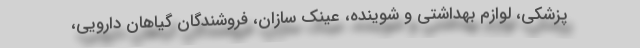
پزشکی، لوازم بهداشتی و شوینده، عینک سازان، فروشندگان گیاهان دارویی،